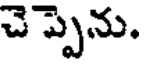
చెప్పెను.